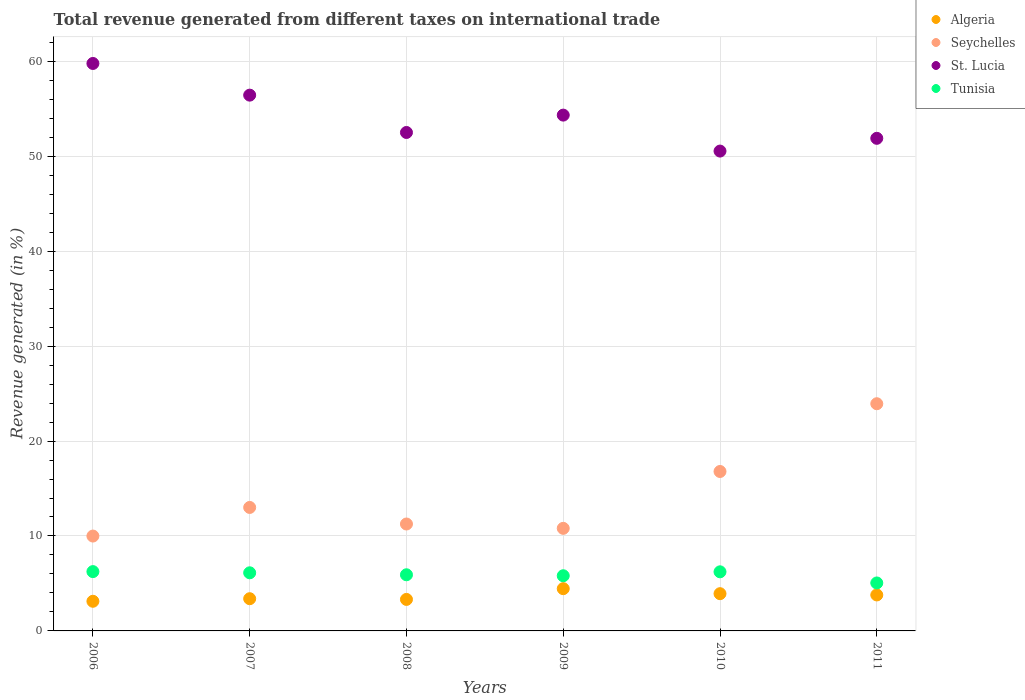
| Years | Algeria | Seychelles | St. Lucia | Tunisia |
 | --- | --- | --- | --- | --- |
 | 2006 | 3.12 | 9.99 | 59.8 | 6.25 |
 | 2007 | 3.39 | 13 | 56.4 | 6.12 |
 | 2008 | 3.32 | 11.3 | 52.5 | 5.91 |
 | 2009 | 4.45 | 10.8 | 54.3 | 5.81 |
 | 2010 | 3.92 | 16.8 | 50.5 | 6.23 |
 | 2011 | 3.79 | 23.9 | 51.9 | 5.05 |